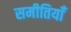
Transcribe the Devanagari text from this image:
समीतियाँ